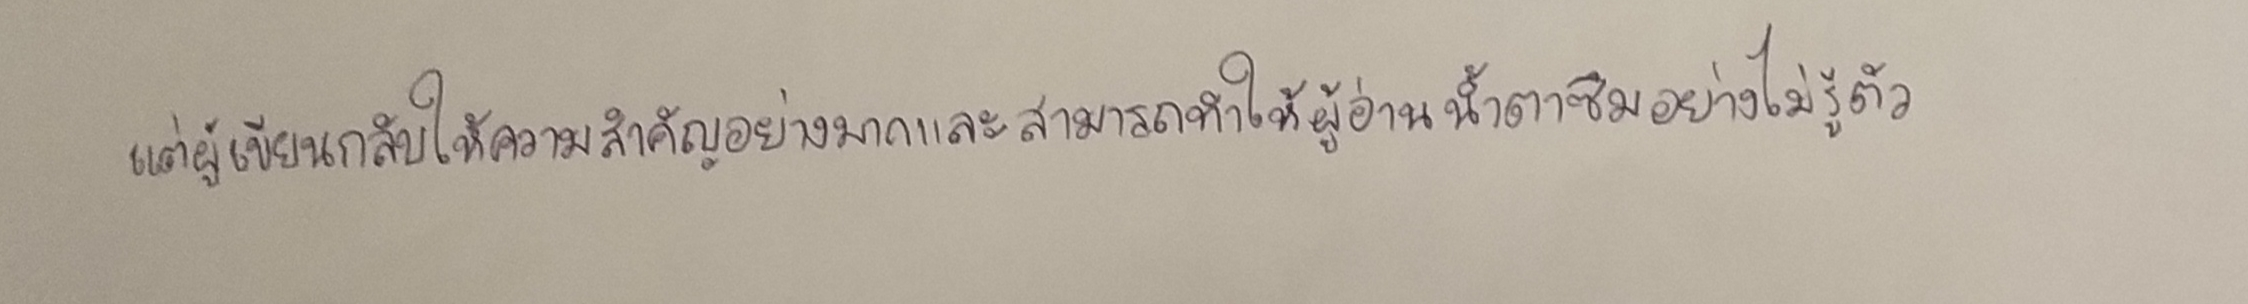
แต่ผู้เขียนกลับให้ความสำคัญอย่างมากและสามารถทำให้ผู้อ่านน้ำตาซึมอย่างไม่รู้ตัว